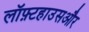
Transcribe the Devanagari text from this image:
लॉफ़्टहाउसऔर